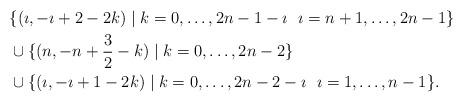
LaTeX: \begin{align*}&\{(\imath, -\imath +2-2k)\mid k=0,\dots, 2n-1-\imath\ \ \imath=n+1,\dots, 2n-1\}\\&\cup\{(n, -n+\frac{3}{2}-k)\mid k=0, \dots, 2n-2\}\\&\cup\{(\imath, -\imath+1-2k)\mid k=0,\dots, 2n-2-\imath\ \ \imath=1,\dots, n-1\}.\end{align*}